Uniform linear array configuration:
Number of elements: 12
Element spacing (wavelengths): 0.5
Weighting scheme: hamming
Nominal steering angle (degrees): -45
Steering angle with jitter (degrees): -46.051
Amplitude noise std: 0.05
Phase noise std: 0.05

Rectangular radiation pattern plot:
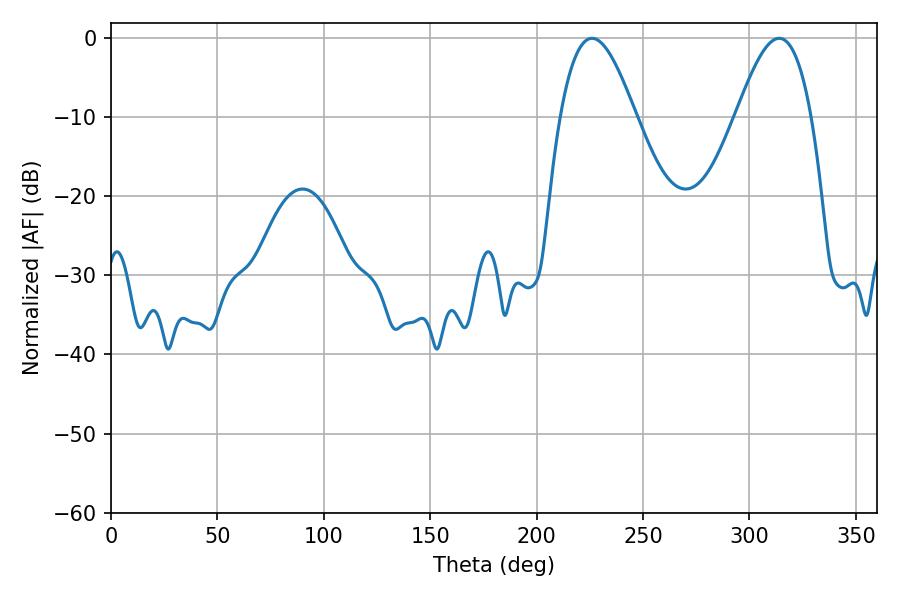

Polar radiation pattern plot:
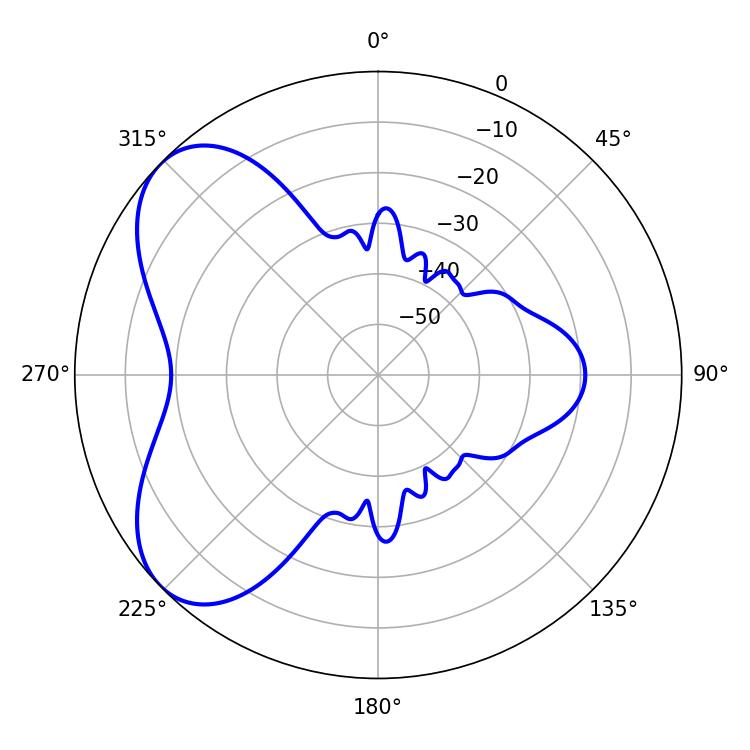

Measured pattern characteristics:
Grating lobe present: FALSE
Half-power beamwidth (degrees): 19.26
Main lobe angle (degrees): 226.08